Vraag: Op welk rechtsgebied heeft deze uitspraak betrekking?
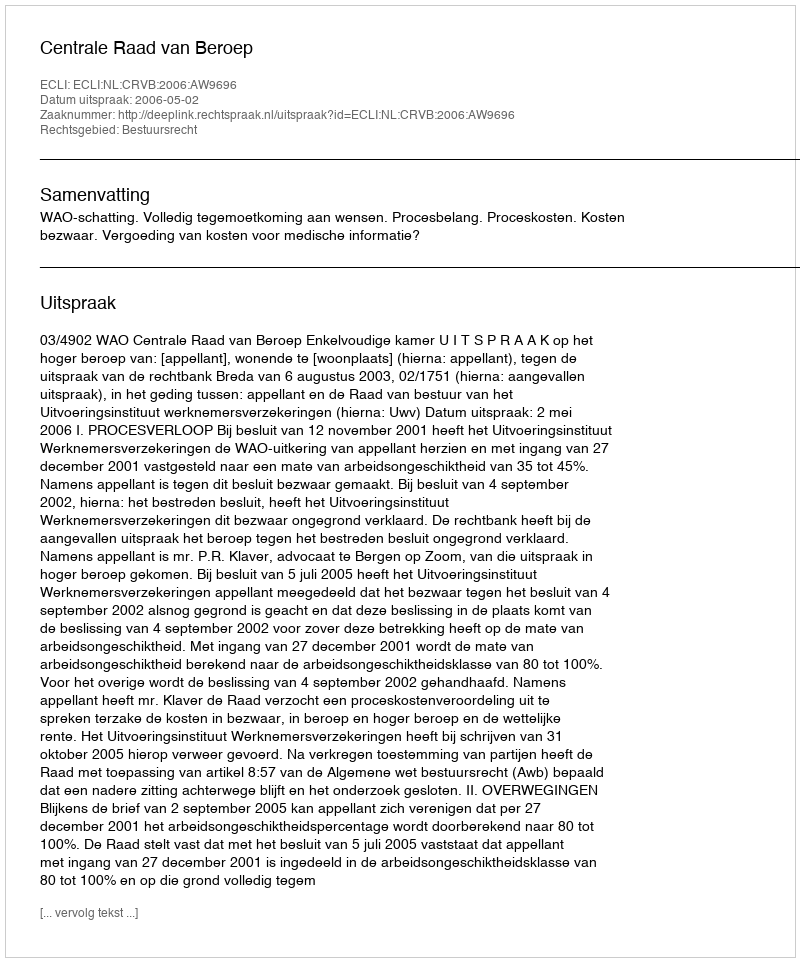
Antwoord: Bestuursrecht